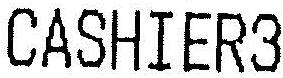
CASHIER3